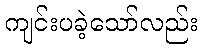
ကျင်းပခဲ့သော်လည်း